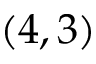
( 4 , 3 )